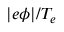
| e \phi | / T _ { e }